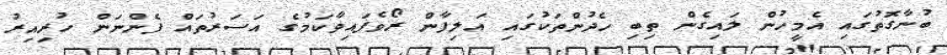
ބުނާގޮތުގައި އެމީހުން ލައިގެން ތިބި ހެދުންތަކުގައި އަލިފާން ރޯވެފައިވާކަމުގެ އަސަރުތައް ފެންނަން ހުރިއިރު